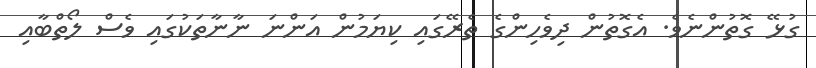
ގުޅޭ ގޮތުންނެވެ. އެގޮތުން ދިވެހިންގެ ތެރޭގައި ކިޔަމުން އަންނަ ނާނާތަކުގައި ވެސް ލޯތްބާއި